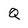
Character: Q